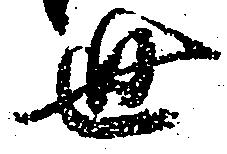
世